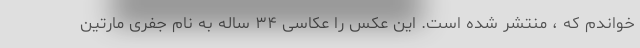
خواندم که ، منتشر شده است. این عکس را عکاسی ۳۴ ساله به نام جفری مارتین